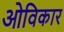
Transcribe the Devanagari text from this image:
ओविकार